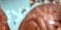
الإطلاق